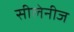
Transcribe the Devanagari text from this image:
सीलेनीज